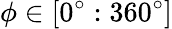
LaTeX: \phi\in[0^{\circ}:360^{\circ}]